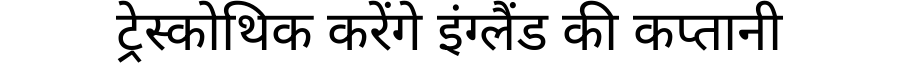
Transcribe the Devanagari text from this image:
ट्रेस्कोथिक करेंगे इंग्लैंड की कप्तानी